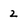
Character: 2